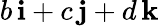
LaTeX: b\, \mathbf{i}+c\, \mathbf{j}+d\, \mathbf{k}